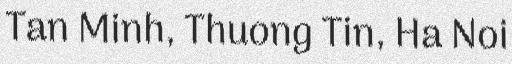
Tan Minh, Thuong Tin, Ha Noi